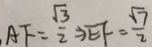
A F = \frac { \sqrt { 3 } } { 2 } \Rightarrow E F = \frac { \sqrt { 7 } } { 2 }